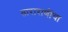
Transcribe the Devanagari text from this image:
ताराराणींचा